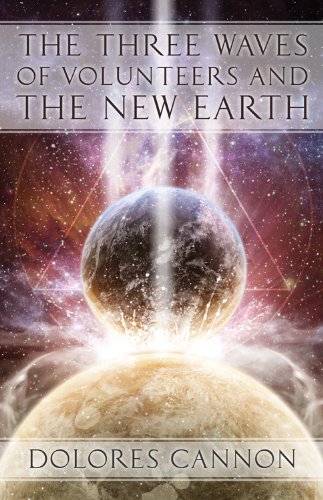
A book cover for The Three Waves of Volunteers and the New Earth; Dolores Cannon; Politics & Social Sciences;